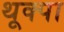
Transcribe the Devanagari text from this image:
थूक्‍पा